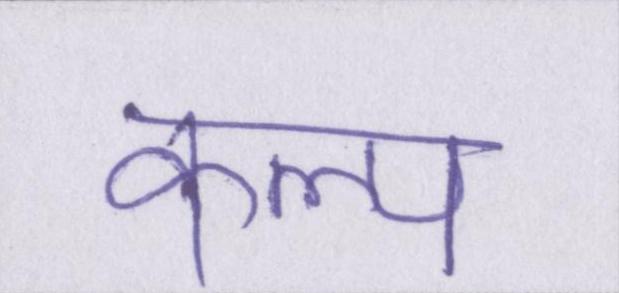
कल्प